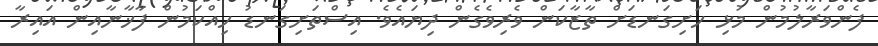
ފެންވަރާލުމުން މުޅި ހަށިގަނޑަށް ތާޒާކަން ވެރިވެގެން ދިޔައެވެ. އިސްތަށިގަނޑު ހިއްކަމުން ފާޚާނާއިން އައިރާ